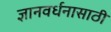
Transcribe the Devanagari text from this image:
ज्ञानवर्धनासाठी